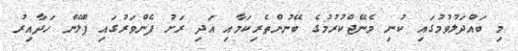
މި ބައްދަލުވުމުގައި ކުނި މެނޭޖްކުރުމުގެ ބޭނުންތެރިކަމާއި އަދި ރަށު ފެންވަރުގައި ޕްލޭން ހަދާއިރު